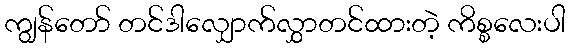
ကျွန်တော် တင်ဒါလျှောက်လွှာတင်ထားတဲ့ ကိစ္စလေးပါ